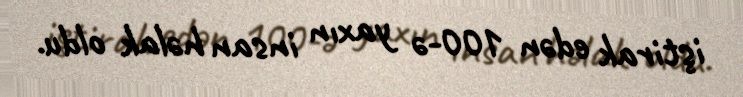
iştirak edən 100-ə yaxın insan həlak oldu.